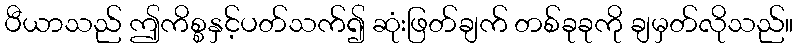
ပီယာသည် ဤကိစ္စနှင့်ပတ်သက်၍ ဆုံးဖြတ်ချက် တစ်ခုခုကို ချမှတ်လိုသည်။